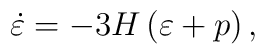
\dot{\varepsilon}=-3H\left( \varepsilon +p\right) ,